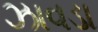
ઝાવડા